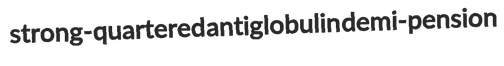
strong-quartered antiglobulin demi-pension